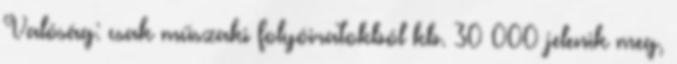
Valóság: csak műszaki folyóiratokból kb. 30 000 jelenik meg,